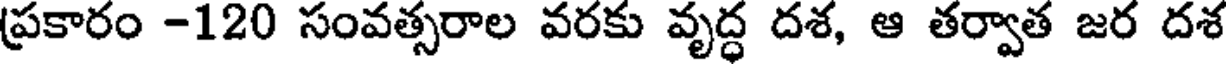
ప్రకారం -120 సంవత్సరాల వరకు వృద్ధ దశ, ఆ తర్వాత జర దశ